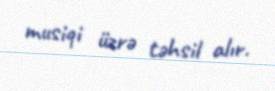
musiqi üzrə təhsil alır.